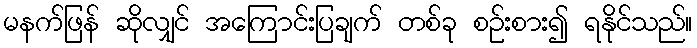
မနက်ဖြန် ဆိုလျှင် အကြောင်းပြချက် တစ်ခု စဉ်းစား၍ ရနိုင်သည်။